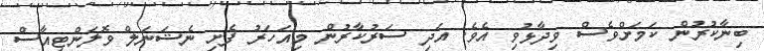
ބިނާކުރުން ކަމަށްވެސް ވިދާޅުވި އެވެ. އަދި ސަރުކާރުން މިއަހަރު ފެށި ނެޝަނަލް ވޮލަންޓިއާސް